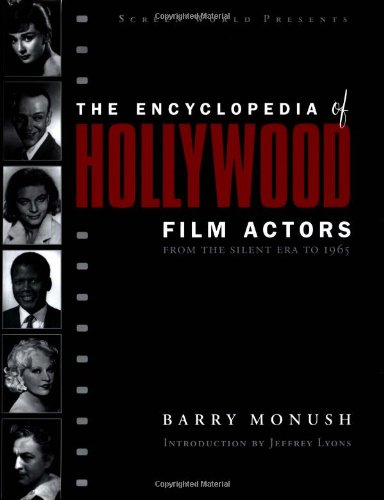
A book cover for Encyclopedia of Hollywood Film Actors, Vol. 1: From the Silent Era to 1965; Barry Monush; Humor & Entertainment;